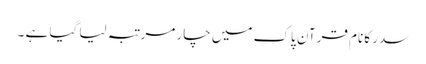
سدر کا نام قرآن پاک میں چار مرتبہ لیا گیا ہے ۔